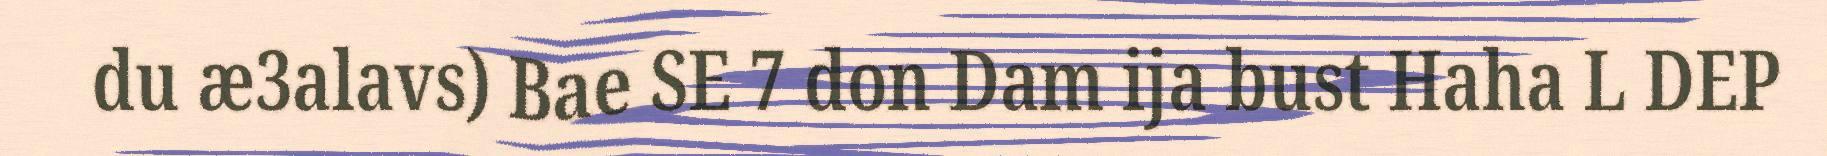
du æ3alavs) Bae SE 7 don Dam ija bust Haha L DEP